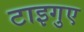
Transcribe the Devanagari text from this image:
टाइगुए